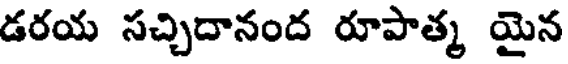
డరయ సచ్చిదానంద రూపాత్మ యైన